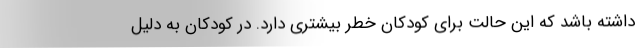
داشته باشد که این حالت برای کودکان خطر بیشتری دارد. در کودکان به دلیل